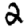
Digit: 2